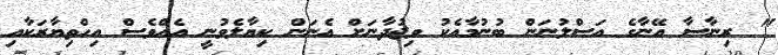
" ރިނާސާ އޭނާގެ އަސްލުނަން ބުނުމާއެކު ވިޖުދާނަށް އެނަން ކިޔާލެވުނީ އެއްވެސް އިހްތިޔާރަކާއި